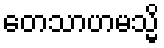
တေသာဟမသ္မိ